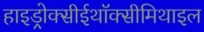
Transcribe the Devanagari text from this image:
हाइड्रोक्सीईथॉक्सीमिथाइल